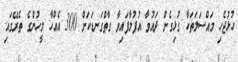
ހުޅުޖެހި މައްސަލަތަކާ ގުޅިގެން ދައުވާ އުފުލާފައިވާ ގާތްގަނޑަކަށް 300 އެއްހާ މީހުންގެ ތެރޭގައި